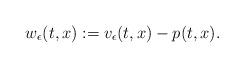
LaTeX: \begin{align*}w_\epsilon(t,x):=v_\epsilon(t,x)-p(t,x).\end{align*}